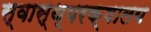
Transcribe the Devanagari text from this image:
स्वास्थ्यरक्षालय